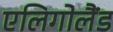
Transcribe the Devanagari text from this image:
एलिगोलैंड